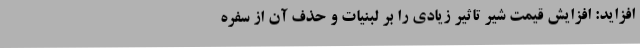
افزاید: افزایش قیمت شیر تاثیر زیادی را بر لبنیات و حذف آن از سفره